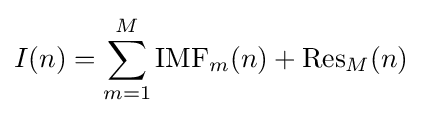
I(n)=\sum _{m=1}^{M}\operatorname {IMF} _{m}(n)+\operatorname {Res} _{M}(n)